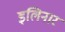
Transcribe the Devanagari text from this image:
इलिनार